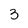
Character: 3